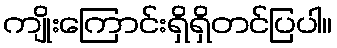
ကျိုးကြောင်းရှိရှိတင်ပြပါ။